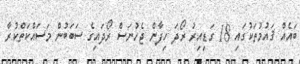
ބައެއް ޤައުމުތަކުގައި 18 ގަޑިއިރު ރޯދަ ހިފާން ޖެހުނަސް ރޯދައިގެ ސަބަބުން މަސައްކަތްކުރާ